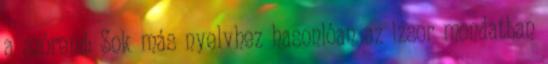
a szórend: Sok más nyelvhez hasonlóan az izsor mondatban